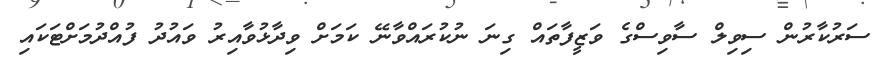
ސަރުކާރުން ސިވިލް ސާވިސްގެ ވަޒީފާތައް ގިނަ ނުކުރައްވާނޭ ކަމަށް ވިދާޅުވާއިރު ވައުދު ފުއްދުމަށްޓަކައި